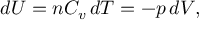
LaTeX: d U = n C _ { v } \, d T = - p \, d V ,